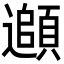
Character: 𩔦